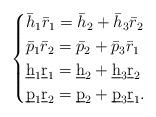
LaTeX: \begin{align*} \begin{cases} \bar h_1\bar r_1=\bar h_2+\bar h_3 \bar r_2\cr \bar p_1\bar r_2= \bar p_2+\bar p_3 \bar r_1 \cr \underbar h_1\underbar r_1= \underbar h_2+\underbar h_3 \underbar r_2\cr \underbar p_1\underbar r_2= \underbar p_2+\underbar p_3 \underbar r_1. \end{cases}\end{align*}